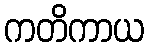
ကတိကာယ